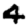
Digit: 4